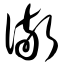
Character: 儆